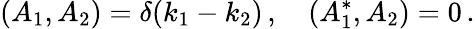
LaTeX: \left(A_{1},A_{2}\right)=\delta(k_{1}-k_{2})\, ,\quad\left(A_{1}^{*},A_{2}\right)=0\, .